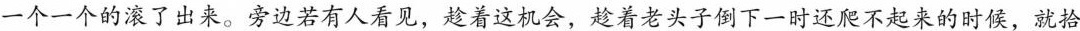
一个一个的滚了出来。旁边若有人看见，趁着这机会，趁着老头子倒下一时还爬不起来的时候，就拾